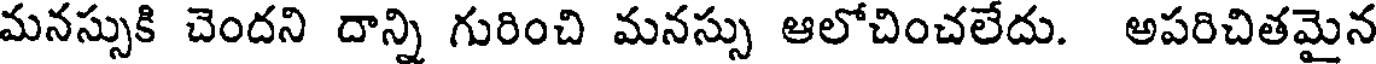
మనస్సుకి చెందని దాన్ని గురించి మనస్సు ఆలోచించలేదు. అపరిచితమైన